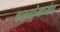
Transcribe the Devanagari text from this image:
वचनांमध्येच